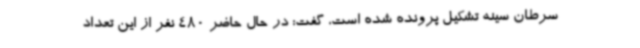
سرطان سینه تشکیل پرونده شده است، گفت: در حال حاضر 480 نفر از این تعداد